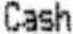
CASH